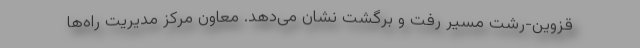
قزوین-رشت‌ مسیر رفت و برگشت نشان می‌‌دهد.‌ معاون مرکز مدیریت راه‌ها